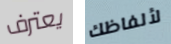
يعترف لألفاظك